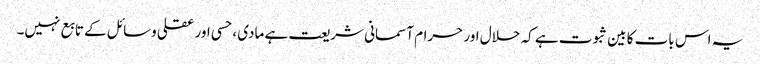
یہ اس بات کا بین ثبوت ہے کہ حلال اور حرام آسمانی شریعت ہے مادی ، حسی اور عقلی وسائل کے تابع نہیں۔